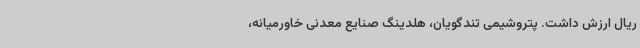
ریال ارزش داشت. پتروشیمی تندگویان، هلدینگ صنایع معدنی خاورمیانه،